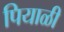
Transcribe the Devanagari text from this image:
पियाळी